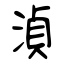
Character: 湞